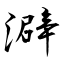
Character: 澼